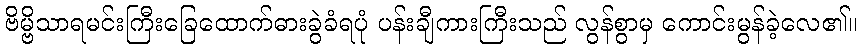
ဗိမ္ဗိသာရမင်းကြီးခြေထောက်ဓားခွဲခံရပုံ ပန်းချီကားကြီးသည် လွန်စွာမှ ကောင်းမွန်ခဲ့လေ၏။